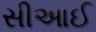
સીઆઈ